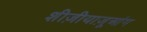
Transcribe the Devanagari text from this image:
शीज़ीयाज़ूआंग